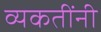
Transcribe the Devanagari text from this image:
व्यकतींनी